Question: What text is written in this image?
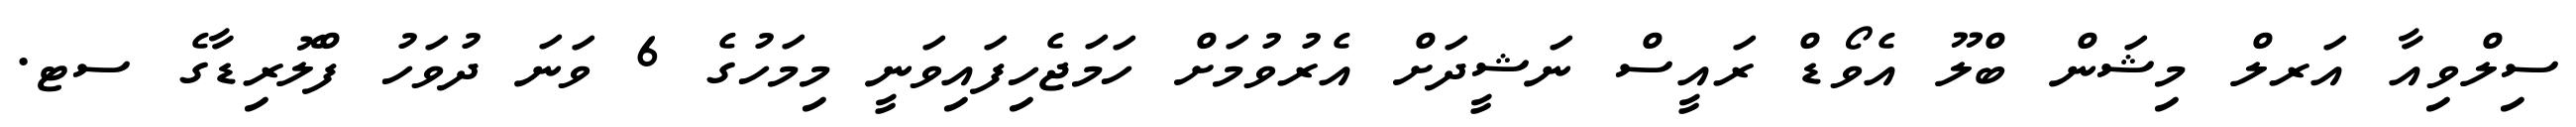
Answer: ސިލްވިއާ އަރލް މިޝަން ބްލޫ އެވޯޑް ރައީސް ނަޝީދަށް އެރުވުމަށް ހަމަޖެހިފައިވަނީ މިމަހުގެ 6 ވަނަ ދުވަހު ފްލޮރިޑާގެ ސޓ.